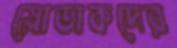
স্লোভাকদের